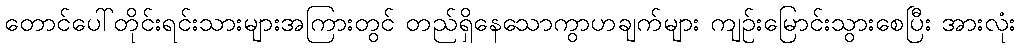
တောင်ပေါ်တိုင်းရင်းသားများအကြားတွင် တည်ရှိနေသောကွာဟချက်များ ကျဉ်းမြောင်းသွားစေပြီး အားလုံး